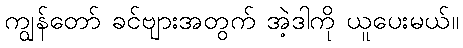
ကျွန်တော် ခင်ဗျားအတွက် အဲ့ဒါကို ယူပေးမယ်။